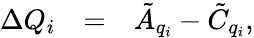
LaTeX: \begin{array}{clllc}{{\Delta Q_{i}}}&{{=}}&{{\tilde{A}_{q_{i}}-\tilde{C}_{q_{i}},}}\end{array}